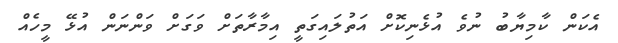
އެކަން ކާމިޔާބު ނުވެ އުޅެނިކޮށް އަތުލައިގަތީ އިމާރާތަށް ވަގަށް ވަންނަން އުޅޭ މީހެއް